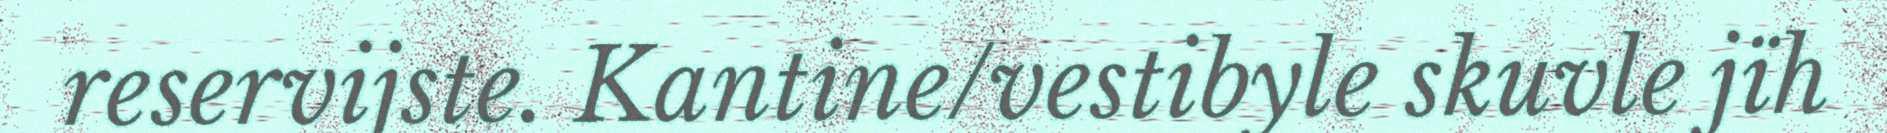
reservijste. Kantine/vestibyle skuvle jïh